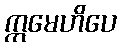
ဣမေဟိပေ